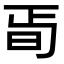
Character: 𣅰